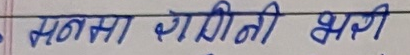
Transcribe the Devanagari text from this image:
सन्नसा यामिनी भरी